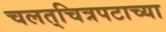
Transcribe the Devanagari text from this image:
चलत्‌चित्रपटाच्या